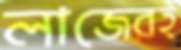
লাজেরই